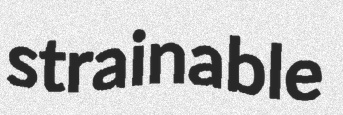
strainable